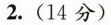
2.（14分）